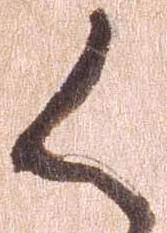
く